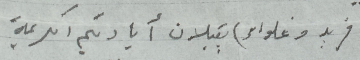
(فريد وغلواء) يقبلان أياديكم الكريمة